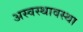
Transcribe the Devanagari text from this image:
अस्वस्थावस्था